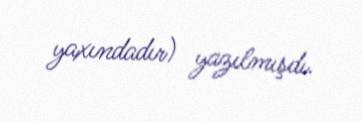
yaxındadır) yazılmışdı.